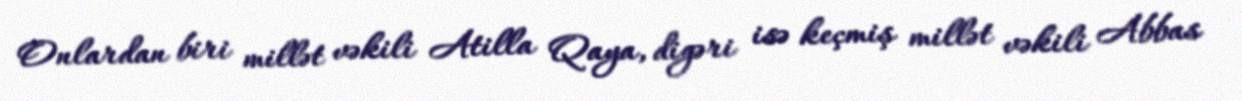
Onlardan biri millət vəkili Atilla Qaya, digəri isə keçmiş millət vəkili Abbas